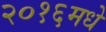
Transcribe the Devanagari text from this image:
२०१६मधे